Report on the metropolitan horse fairs and district horse shows of 1892-93 - 1892-1893
Year: 1892
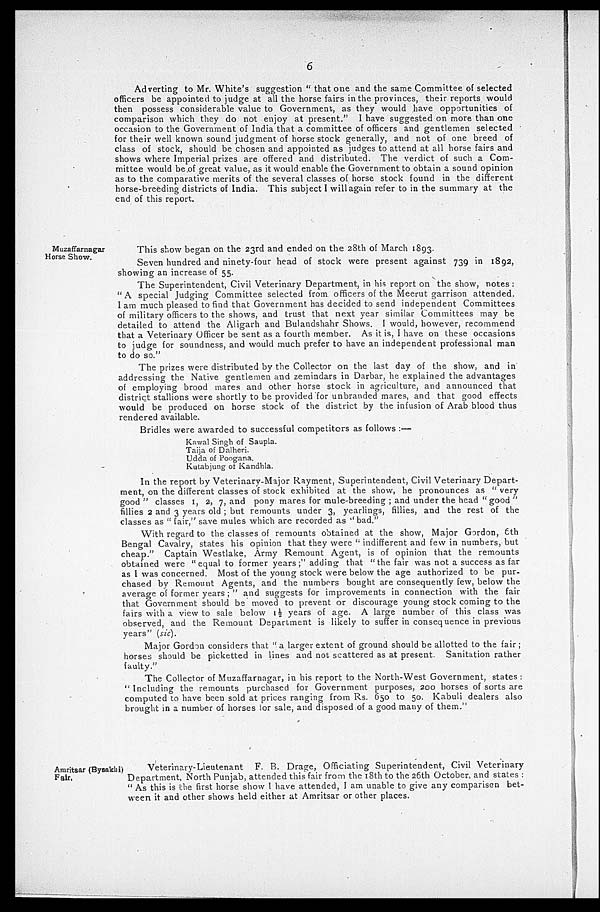
6
Adverting to Mr. White's suggestion "that one and the same Committee of selected
officers be appointed to judge at all the horse fairs in the provinces, their reports would
then possess considerable value to Government, as they would have opportunities of
comparison which they do not enjoy at present." I have suggested on more than one
occasion to the Government of India that a committee of officers and gentlemen selected
for their well known sound judgment of horse stock generally, and not of one breed of
class of stock, should be chosen and appointed as judges to attend at all horse fairs and
shows where Imperial prizes are offered and distributed. The verdict of such a Com-
mittee would be of great value, as it would enable the Government to obtain a sound opinion
as to the comparative merits of the several classes of horse stock found in the different
horse-breeding districts of India. This subject I will again refer to in the summary at the
end of this report.
Muzaffarnagar
Horse Show.
This show began on the 23rd and ended on the 28th of March 1893.
Seven hundred and ninety-four head of stock were present against 739 in 1892,
showing an increase of 55.
The Superintendent, Civil Veterinary Department, in his report on the show, notes:
"A special Judging Committee selected from officers of the Meerut garrison attended.
I am much pleased to find that Government has decided to send independent Committees
of military officers to the shows, and trust that next year similar Committees may be
detailed to attend the Aligarh and Bulandshahr Shows. I would, however, recommend
that a Veterinary Officer be sent as a fourth member. As it is, I have on these occasions
to judge for soundness, and would much prefer to have an independent professional man
to do so."
The prizes were distributed by the Collector on the last day of the show, and in
addressing the Native gentlemen and zemindars in Darbar, he explained the advantages
of employing brood mares and other horse stock in agriculture, and announced that
district stallions were shortly to be provided for unbranded mares, and that good effects
would be produced on horse stock of the district by the infusion of Arab blood thus
rendered available.
Bridles were awarded to successful competitors as follows:—
Kawal Singh of Saupla.
Taija of Dalheri.
Udda of Poogana.
Kutabjung of Kandhla.
In the report by Veterinary-Major Rayment, Superintendent, Civil Veterinary Depart-
ment, on the different classes of stock exhibited at the show, he pronounces as " very
good " classes 1, 2, 7, and pony mares for mule-breeding; and under the head " good "
fillies 2 and 3 years old; but remounts under 3, yearlings, fillies, and the rest of the
classes as " fair," save mules which are recorded as '' bad. "
With regard to the classes of remounts obtained at the show, Major Gordon, 6th
Bengal Cavalry, states his opinion that they were " indifferent and few in numbers, but
cheap." Captain Westlake, Army Remount Agent, is of opinion that the remounts
obtained were " equal to former years ;" adding that " the fair was not a success as far
as I was concerned. Most of the young stock were below the age authorized to be pur-
chased by Remount Agents, and the numbers bought are consequently few, below the
average of former years;" and suggests for improvements in connection with the fair
that Government should be moved to prevent or discourage young stock coming to the
fairs with a view to sale below 1½ years of age. A large number of this class was
observed, and the Remount Department is likely to suffer in consequence in previous
years " (sic).
Major Gordon considers that " a larger extent of ground should be allotted to the fair
horses should be picketted in lines and not scattered as at present. Sanitation rather
faulty."
The Collector of Muzaffarnagar, in his report to the North-West Government, states :
" Including the remounts purchased for Government purposes, 200 horses of sorts are
computed to have been sold at prices ranging from Rs. 650 to 50. Kabuli dealers also
brought in a number of horses lor sale, and disposed of a good many of them."
Amritsar (Bysakhi)
Fair.
Veterinary-Lieutenant
F. B. Drage, Officiating Superintendent, Civil Veterinary
Department, North Punjab, attended this fair from the 18th to the 26th October, and states:
" As this is the first horse show I have attended, I am unable to give any comparisen bet-
ween it and other shows held either at Amritsar or other places.